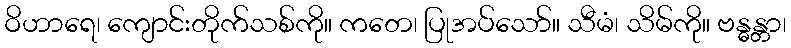
ဝိဟာရေ၊ ကျောင်းတိုက်သစ်ကို။ ကတေ၊ ပြုအပ်သော်။ သီမံ၊ သိမ်ကို။ ဗန္ဓန္တာ၊